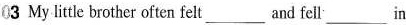
03 My little brother often felt ___ and fell ___ in